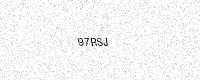
Text: 97RSJ